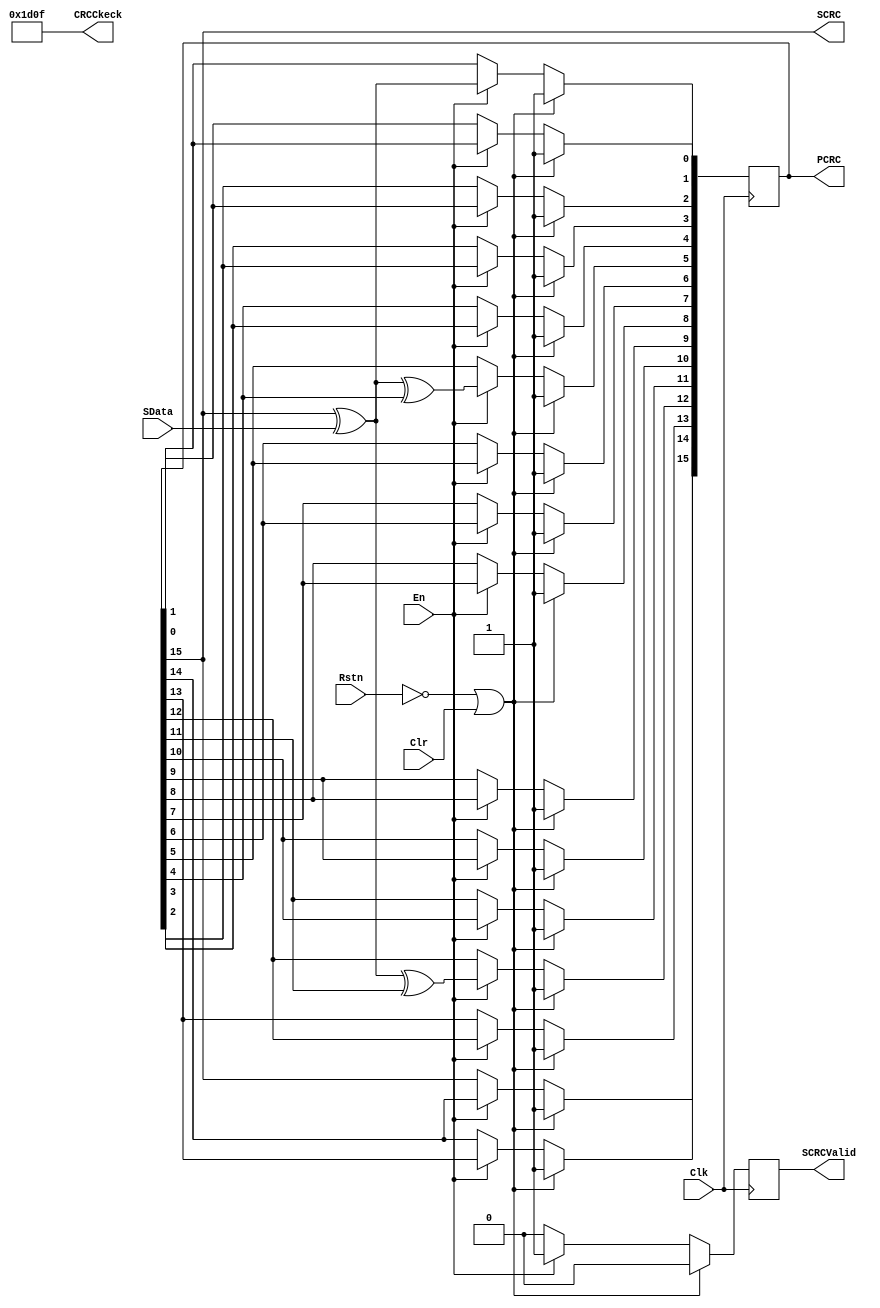
// verilog_format: off
`resetall
`timescale 1ns / 1ps
`default_nettype none
// verilog_format: on

module HDLC_SERIAL_CRC #(
    parameter integer WIDTH = 16,
    parameter POLY = 17'h11021,
    parameter INIT = 16'hFFFF
) (
    input  wire                Clk,        // clock
    input  wire                Rstn,       // low active reset
    input  wire                En,         // high cative enable
    input  wire                Clr,        // high active clear
    input  wire                SData,      // serial data input
    output wire [(WIDTH -1):0] PCRC,
    output wire                SCRC,
    output reg                 SCRCValid,
    output wire [(WIDTH -1):0] CRCCkeck
);  // crc out put

    reg [(WIDTH -1):0] CRCReg;

    reg [(WIDTH -1):0] ii;

    assign PCRC = CRCReg;
    assign SCRC = CRCReg[(WIDTH-1)];

    always @(posedge Clk) begin
        if (!Rstn || Clr) begin
            CRCReg <= INIT;  //clear crc register when reset or clear is valid
        end else if (En) begin
            CRCReg[0] <= CRCReg[(WIDTH-1)] ^ SData;
            for (ii = 1; ii < WIDTH; ii = ii + 1) begin
                CRCReg[ii] <= (POLY[ii]) ? (CRCReg[(WIDTH-1)] ^ SData ^ CRCReg[ii-1]) : CRCReg[ii-1];
            end
        end else begin
            CRCReg <= CRCReg;  // keep the crc value if En is invalid
        end
    end

    always @(posedge Clk) begin
        if (!Rstn || Clr) begin
            SCRCValid <= 1'b0;
        end else if (En) begin
            SCRCValid <= 1'b1;
        end else begin
            SCRCValid <= 1'b0;
        end
    end

    // function [(WIDTH -1):0] CRC_Remainder;
    //     input integer width;
    //     integer kk;
    //     reg     tmp;
    //     begin
    //         CRC_Remainder = INIT;
    //         for (ii = 0; ii < width; ii = ii + 1) begin
    //             tmp = CRC_Remainder[width-1];
    //             for (kk = width - 1; kk >= 1; kk = kk - 1) begin
    //                 CRC_Remainder[kk] = (POLY[kk]) ? (CRC_Remainder[(kk-1)] ^ tmp) : CRC_Remainder[kk-1];
    //             end
    //             CRC_Remainder[0] = tmp;
    //         end
    //     end
    // endfunction

    // assign CRCCkeck = CRC_Remainder(WIDTH);
    assign CRCCkeck = 16'h1d0f;
endmodule

// verilog_format: off
`resetall
// verilog_format: on